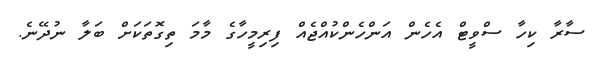
ސާރާ ކިހާ ސްވީޓް އެހެން އަންހެންކުއްޖެއް ފިރިމީހާގެ މާމަ ތިގޮތަކަށް ބަލާ ނުދޭނެ.